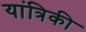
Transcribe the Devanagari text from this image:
यांत्रिकी